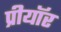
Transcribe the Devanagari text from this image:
प्रीयॉर